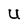
Character: U